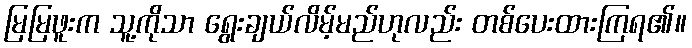
မြမြဖူးက သူ့ကိုသာ ရွေးချယ်လိမ့်မည်ဟုလည်း တစ်ပေးထားကြရ၏။